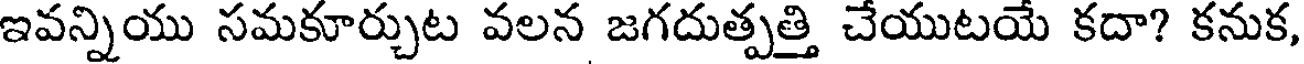
ఇవన్నియు సమకూర్చుట వలన జగదుత్పత్తి చేయుటయే కదా? కనుక,